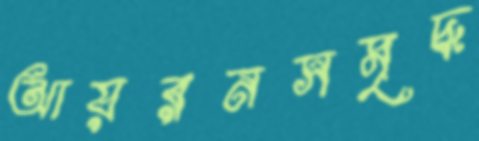
আয়রনসমৃদ্ধ